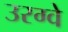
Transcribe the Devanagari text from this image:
उरग्वे